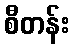
စီတန်း